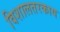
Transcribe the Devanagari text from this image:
विशालतरकाय